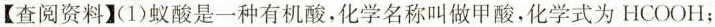
【查阅资料】(1)蚁酸是一种有机酸，化学名称叫做甲酸，化学式为HCOOH；